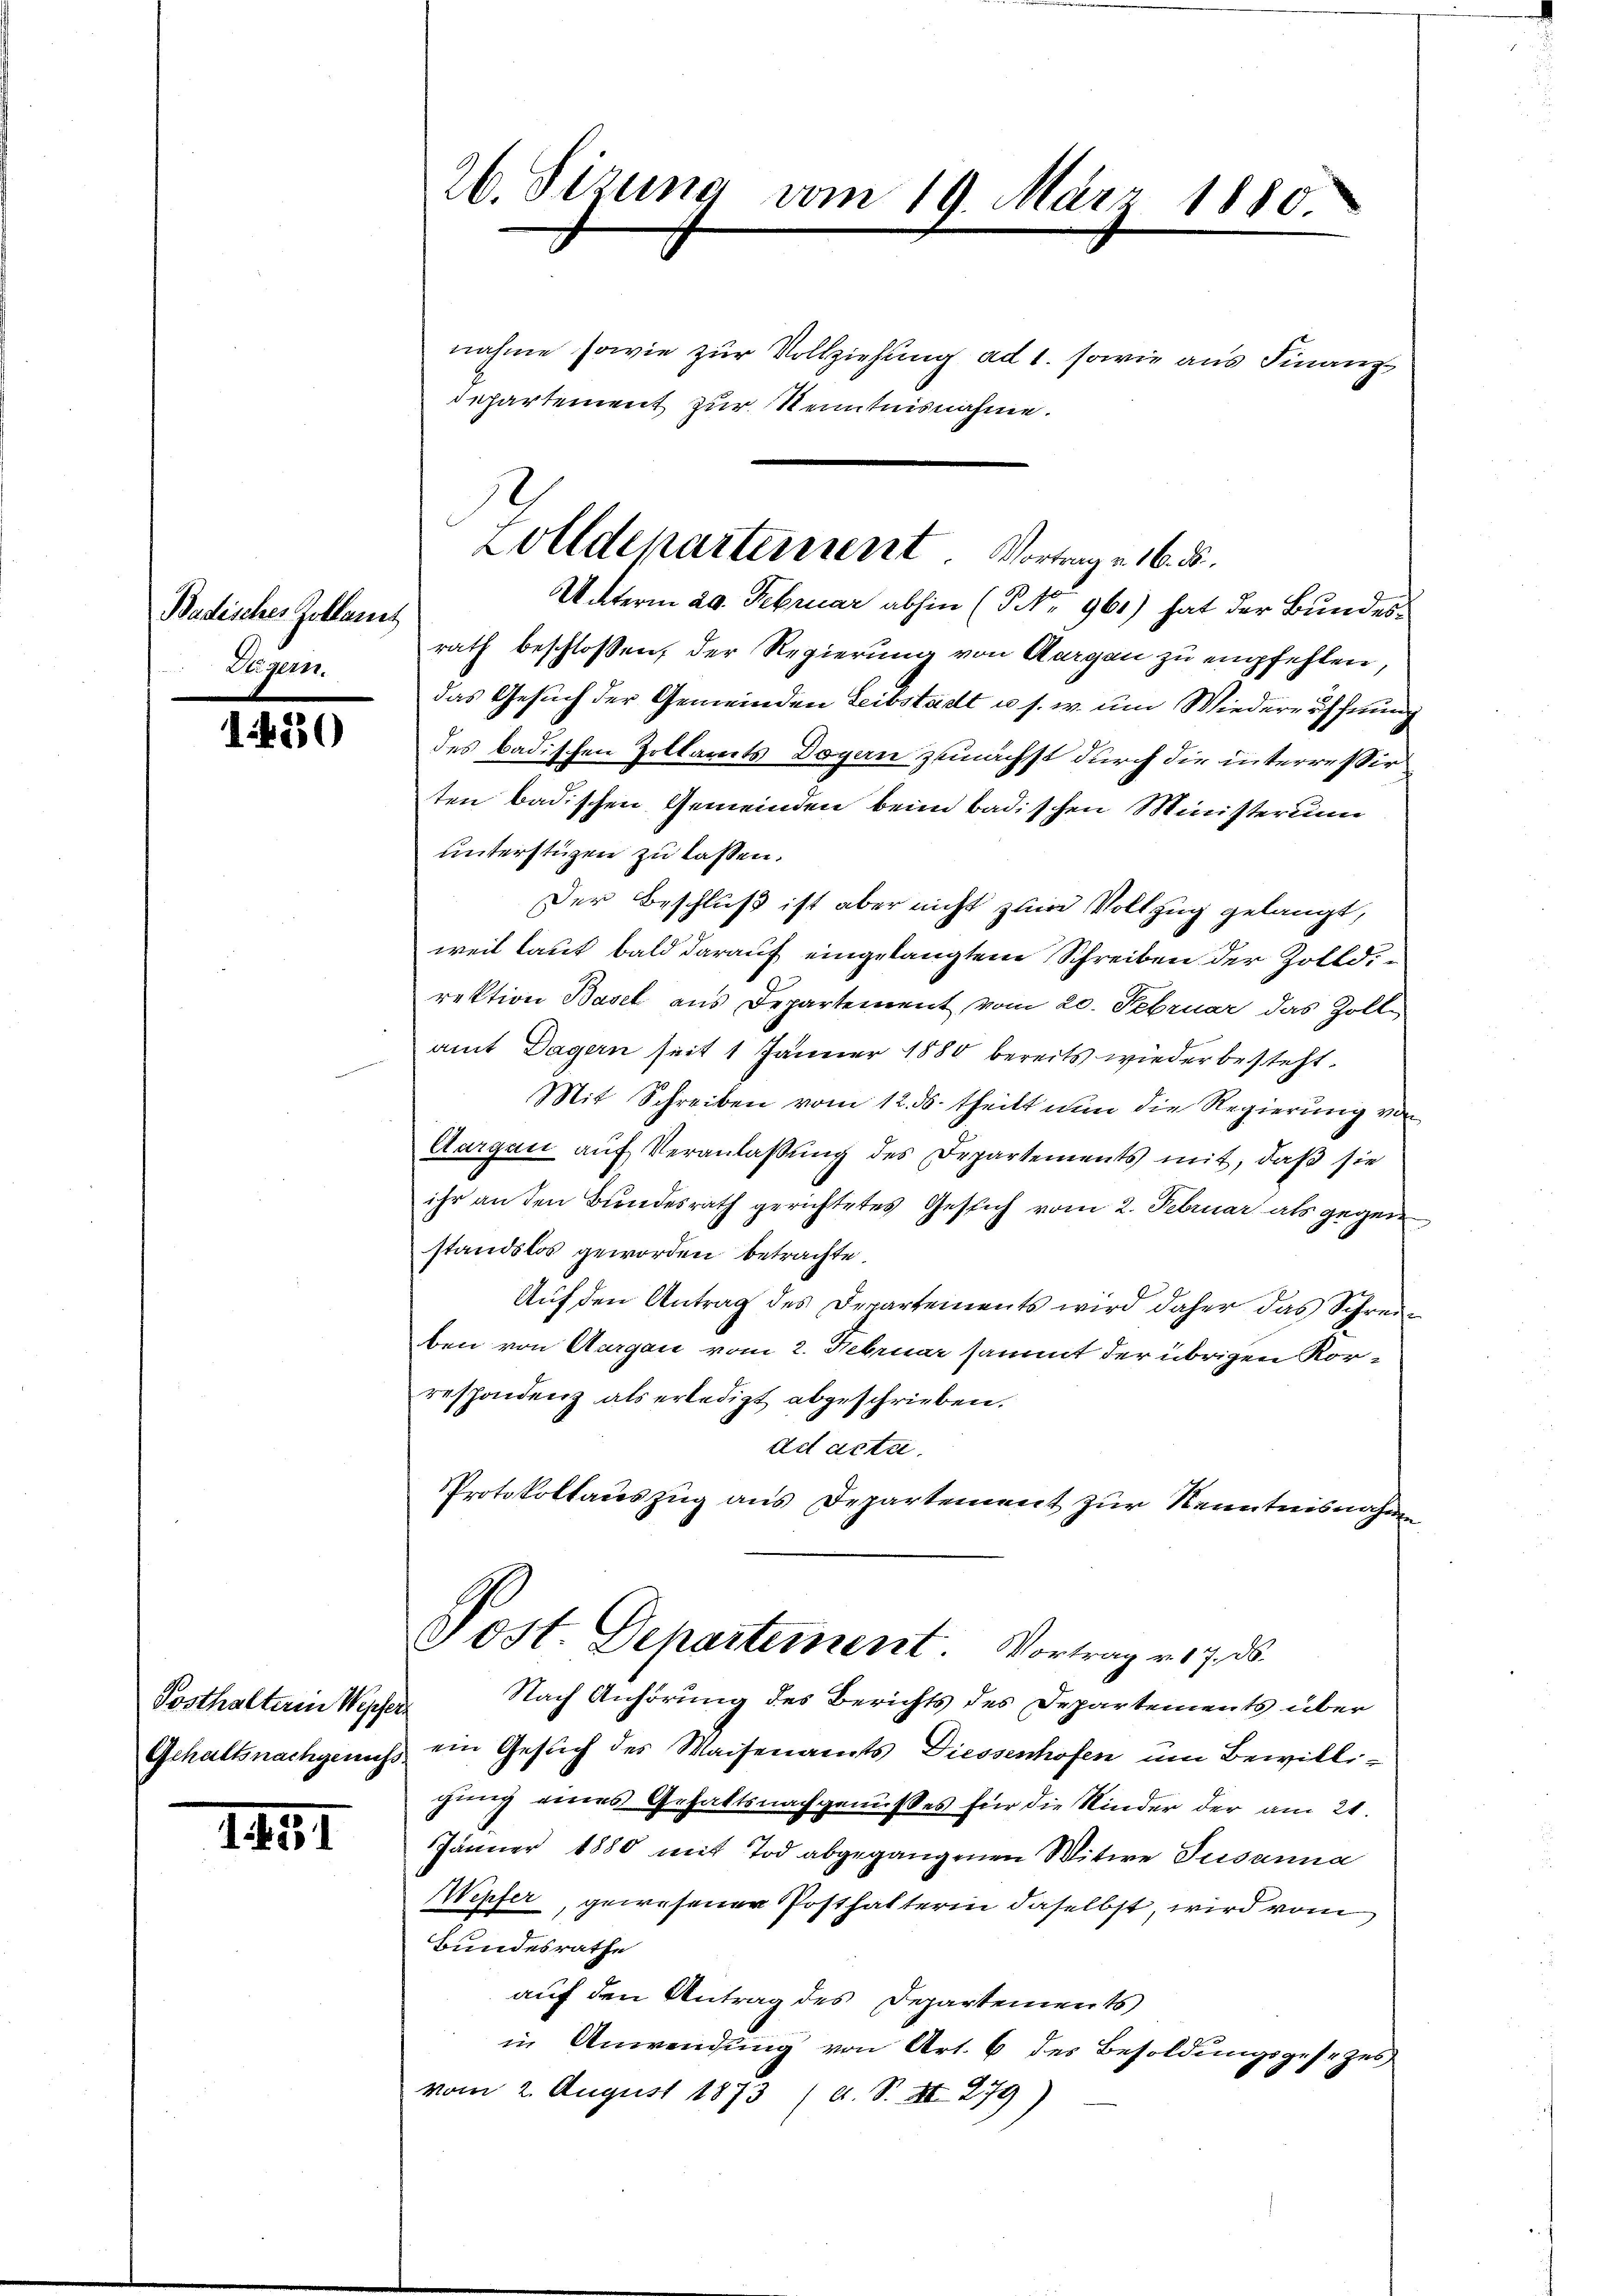
Badisches Zollamt
Lägern.

1430

Posthalterin Weyer

151

26. Sizung vom 19. März 1880

nahme sowie zur Vollziehung ad 1. sowie aus Finanz
departement zur Kenntnisnahme.
Unterm 20. Februar abhin (P No 961) hat der Bundesrath beschlossen, der Regierung von Aargau zu empfehlen,
das Gesuch der Gemeinden Leibstadt u. s. w. um Wiedereiffung
des badischen Zoltamts Dogan zunächst durch die interressir
ten badischen Gemeinden beim badischen Ministerium
unterstüzen zu lassen.
Der Beschluß ist aber nicht zum Vollzug gelangt,
weil laut bald darauf eingelangtem Schreiben der Zolldirektion Basel aus Departement vom 20. Februar das Zoll
amt Dagern seit 1 Jänner 1880 bereits wieder besteht.
Mit Schreiben vom 12. ds. theilt nun die Regierung vo
Aargau auf Veranlaßung des Departements mit, daß sie
ihr an den Bundesrath gerichtetes Gesich vom 2. Februar als gegen
standslos geworden betrachte.
Auf den Antrag des Departements wird daher das Schreiben von Aargau vom 2. Februar sammt der übrigen Rorrespondenz als erledigt abgeschrieben.
ad acta.
Protokollauszug aus Departement zur Kenntnisnahm
Post. Departement. Vortrag v. 17. d.
Nach Anhörung des Berichts des Departements über
Gehaltsnachgenuss ein Gesuch des Waisenamts Diessenhofen um Bewilligung eines Gehaltsnachgenusses für die Kinder der am 21.
Jänner 1880 mit Tod abgegangenen Witwe Susanna
WWepfer, gewesener Posthalterin daselbst, wird vom
Bundesrathe
auf den Antrag des Departements
in Anwendung von Art. 6 des Besoldungsgesezes
vom 2. August 1873 (A. S. XII 279)

Zolldepartement. Vortrage 16. ds.